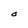
Character: O